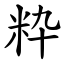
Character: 粋